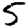
Digit: 5